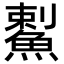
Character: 䱫